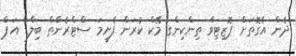
ދެން އެގޮތަށް ޕޮޒިޓިވް ތިންކިންގ މޭކް ކުރަން ފެށީމަ ސްޓްރެންތް ބިލްޑް އަޕް